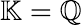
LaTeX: \mathbb{K}=\mathbb{Q}